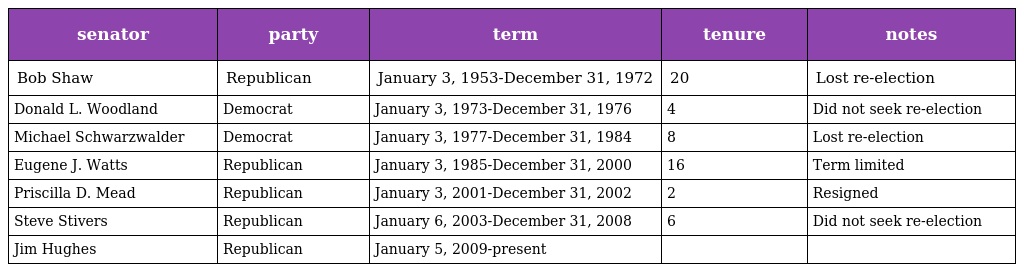
| senator | party | term | tenure | notes |
 | --- | --- | --- | --- | --- |
 | Bob Shaw | Republican | January 3, 1953-December 31, 1972 | 20 | Lost re-election |
 | Donald L. Woodland | Democrat | January 3, 1973-December 31, 1976 | 4 | Did not seek re-election |
 | Michael Schwarzwalder | Democrat | January 3, 1977-December 31, 1984 | 8 | Lost re-election |
 | Eugene J. Watts | Republican | January 3, 1985-December 31, 2000 | 16 | Term limited |
 | Priscilla D. Mead | Republican | January 3, 2001-December 31, 2002 | 2 | Resigned |
 | Steve Stivers | Republican | January 6, 2003-December 31, 2008 | 6 | Did not seek re-election |
 | Jim Hughes | Republican | January 5, 2009-present |  |  |